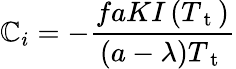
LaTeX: \mathbb{C}_{i}=-\frac{{faKI\left(T_{\mathrm{{~t~}}}\right)}}{{(a-\lambda)T_{\mathrm{{~t~}}}}}